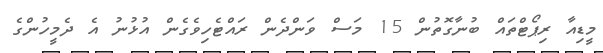
މީޑިއާ ރިޕޯޓްތައް ބުނާގޮތުން 15 މަސް ވަންދެން ރައްޓެހިވެގެން އުޅުނު އެ ދެމީހުންގެ